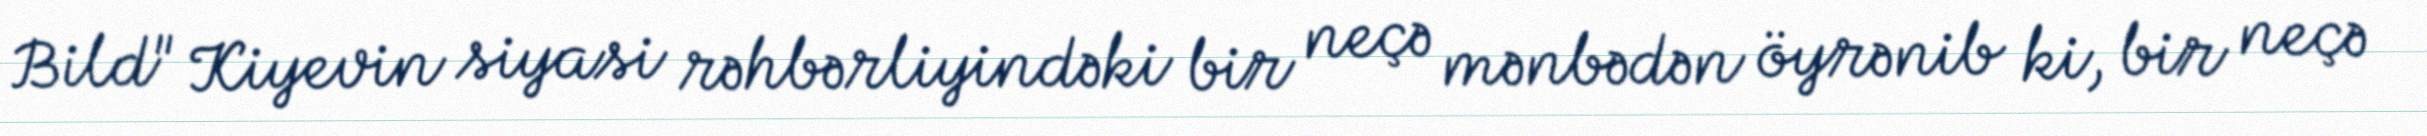
Bild" Kiyevin siyasi rəhbərliyindəki bir neçə mənbədən öyrənib ki, bir neçə